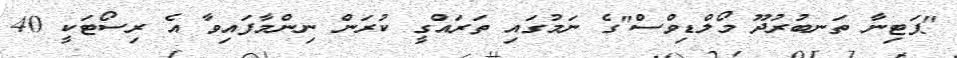
"ޕަޓިނާ ތަނބުރުދޫ މޯލްޑިވްސް"ގެ ނަމުގައި ތަރައްގީ ކުރަން ނިންމާފައިވާ އެ ރިސޯޓަކީ 40